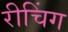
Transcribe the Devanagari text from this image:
रीचिंग